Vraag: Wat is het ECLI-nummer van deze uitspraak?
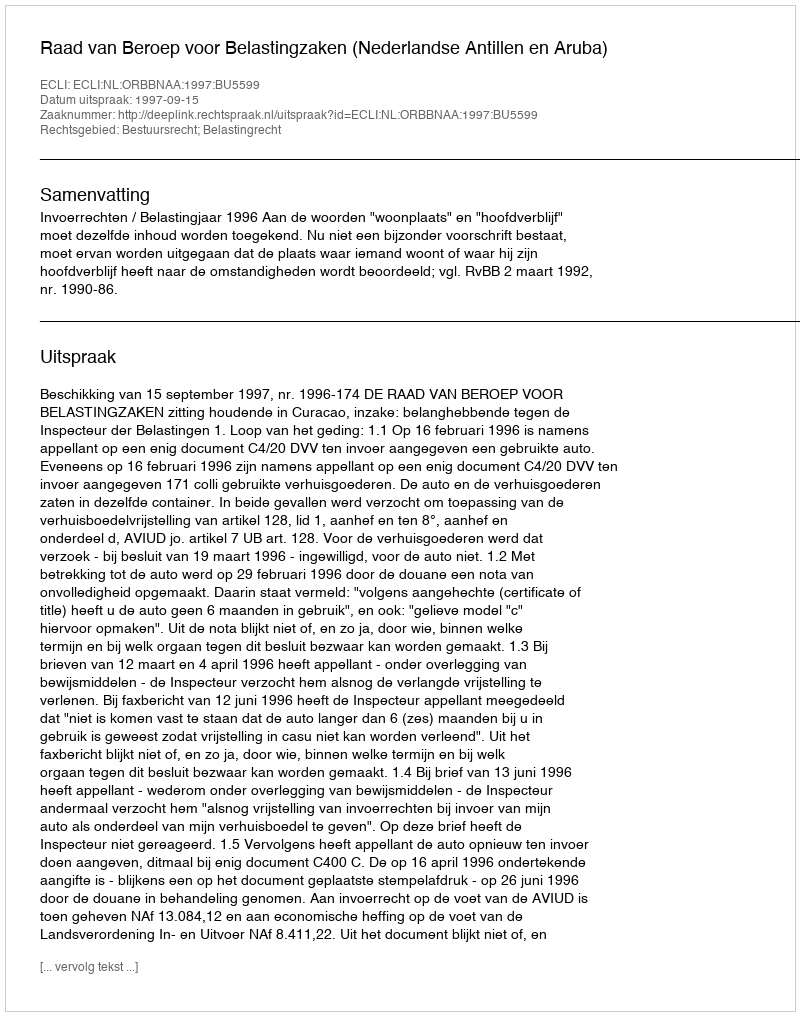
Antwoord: ECLI:NL:ORBBNAA:1997:BU5599